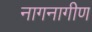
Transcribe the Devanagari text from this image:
नागनागीण